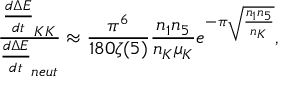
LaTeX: \frac { \frac { d \Delta E } { d t } _ { K K } } { \frac { d \Delta E } { d t } _ { n e u t } } \approx \frac { \pi ^ { 6 } } { 1 8 0 \zeta ( 5 ) } \frac { n _ { 1 } n _ { 5 } } { n _ { K } \mu _ { K } } e ^ { - \pi \sqrt { \frac { n _ { 1 } n _ { 5 } } { n _ { K } } } } ,